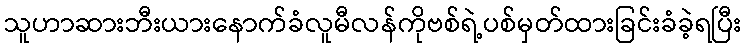
သူဟာဆားဘီးယားနောက်ခံလူမီလန်ကိုဗစ်ရဲ့ပစ်မှတ်ထားခြင်းခံခဲ့ရပြီး